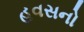
હવસનો